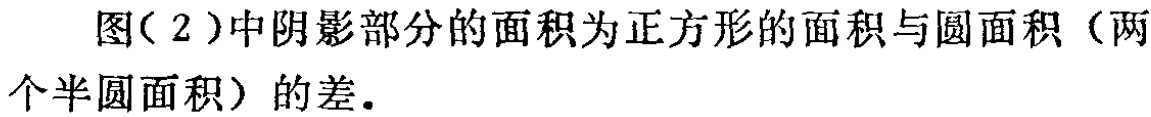
图（2）中阴影部分的面积为正方形的面积与圆面积（两个半圆面积）的差.